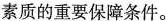
素质的重要保障条件。